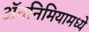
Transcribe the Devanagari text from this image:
ॲतनिमियामध्ये